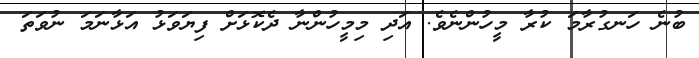
ބުނެ ހަނގުރާމަ ކުރާ މީހުންނެވެ. އަދި މިމީހުންނާ ދެކޮޅަށް ފިޔަވަޅު އަޅާނަމަ ނުވަތަ